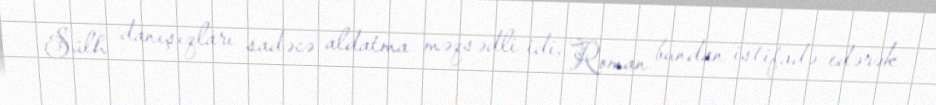
Sülh danışıqları sadəcə aldatma məqsədli idi, Roman bundan istifadə edərək